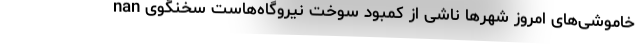
nan خاموشی‌های امروز شهرها ناشی از کمبود سوخت نیروگاه‌هاست سخنگوی